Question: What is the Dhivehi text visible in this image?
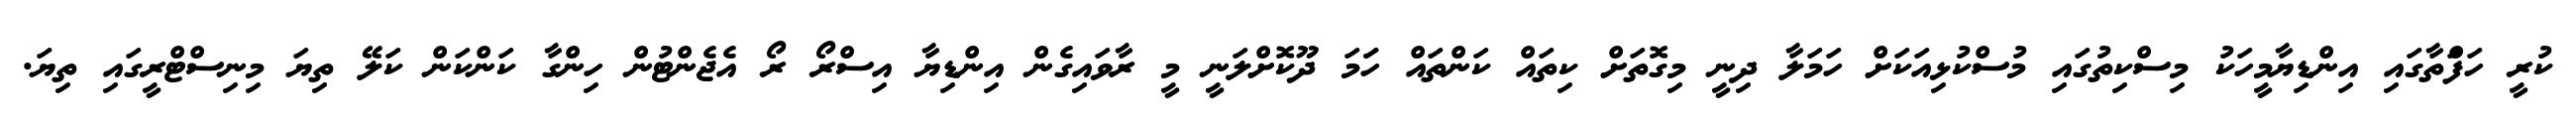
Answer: ކުރީ ހަފަްތާގައި އިންޑިޔާމީހަކު މިސްކިތުގައި މުސްކުޅިއަކަށް ހަމަލާ ދިނީ މިގޮތަށް ކިތައް ކަންތައް ހަަމަ ދޫކޮށްލަނީ މީ ރާވައިގެން އިންޑިޔާ އިސްރޯ ރޯ އެޖެންޓުން ހިންގާ ކަންކަން ކަލޭ ތިޔަ މިނިސްޓްރީގައި ތިޔަ.